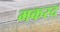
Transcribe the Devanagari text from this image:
मकरद